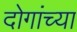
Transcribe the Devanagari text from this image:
दोगांच्या